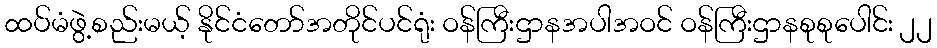
ထပ်မံဖွဲ့စည်းမယ့် နိုင်ငံတော်အတိုင်ပင်ရုံး ဝန်ကြီးဌာနအပါအဝင် ဝန်ကြီးဌာနစုစုပေါင်း ၂၂